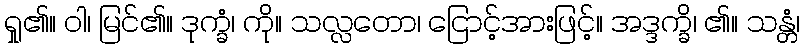
ရှု၏။ ဝါ၊ မြင်၏။ ဒုက္ခံ၊ ကို။ သလ္လတော၊ ငြောင့်အားဖြင့်။ အဒ္ဒက္ခိ၊ ၏။ သန္တံ၊